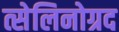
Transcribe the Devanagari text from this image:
त्सेलिनोग्रद